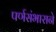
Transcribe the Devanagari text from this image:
पर्णसंभाराने